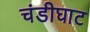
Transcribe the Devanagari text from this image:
चंडीघाट